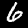
Digit: 6